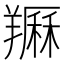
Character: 𦏈